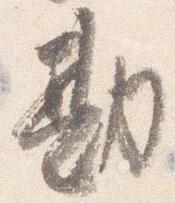
勘